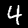
Label: 4